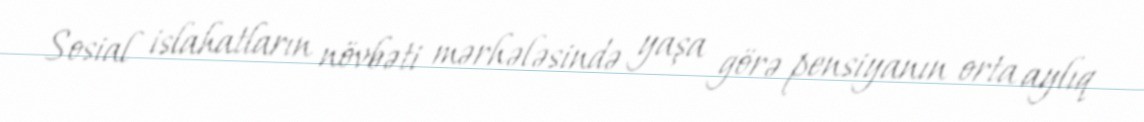
Sosial islahatların növbəti mərhələsində yaşa görə pensiyanın orta aylıq